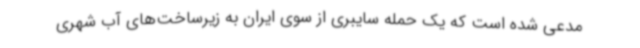
مدعی شده است که یک حمله سایبری از سوی ایران به زیرساخت‌های آب شهری